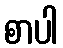
စာပါ